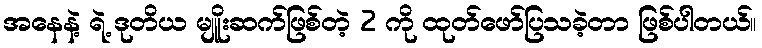
အနေနဲ့ ရဲ့ ဒုတိယ မျိူးဆက်ဖြစ်တဲ့ 2 ကို ထုတ်ဖော်ပြသခဲ့တာ ဖြစ်ပါတယ်။